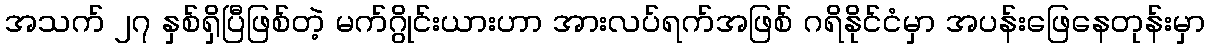
အသက် ၂၇ နှစ်ရှိပြီဖြစ်တဲ့ မက်ဂွိုင်းယားဟာ အားလပ်ရက်အဖြစ် ဂရိနိုင်ငံမှာ အပန်းဖြေနေတုန်းမှာ